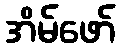
အိမ်ဖော်